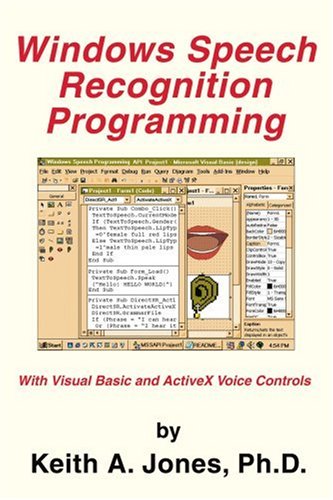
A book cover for Windows Speech Recognition Programming: With Visual Basic and ActiveX Voice Controls (Speech Software Technical Professionals); Keith A. Jones; Computers & Technology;